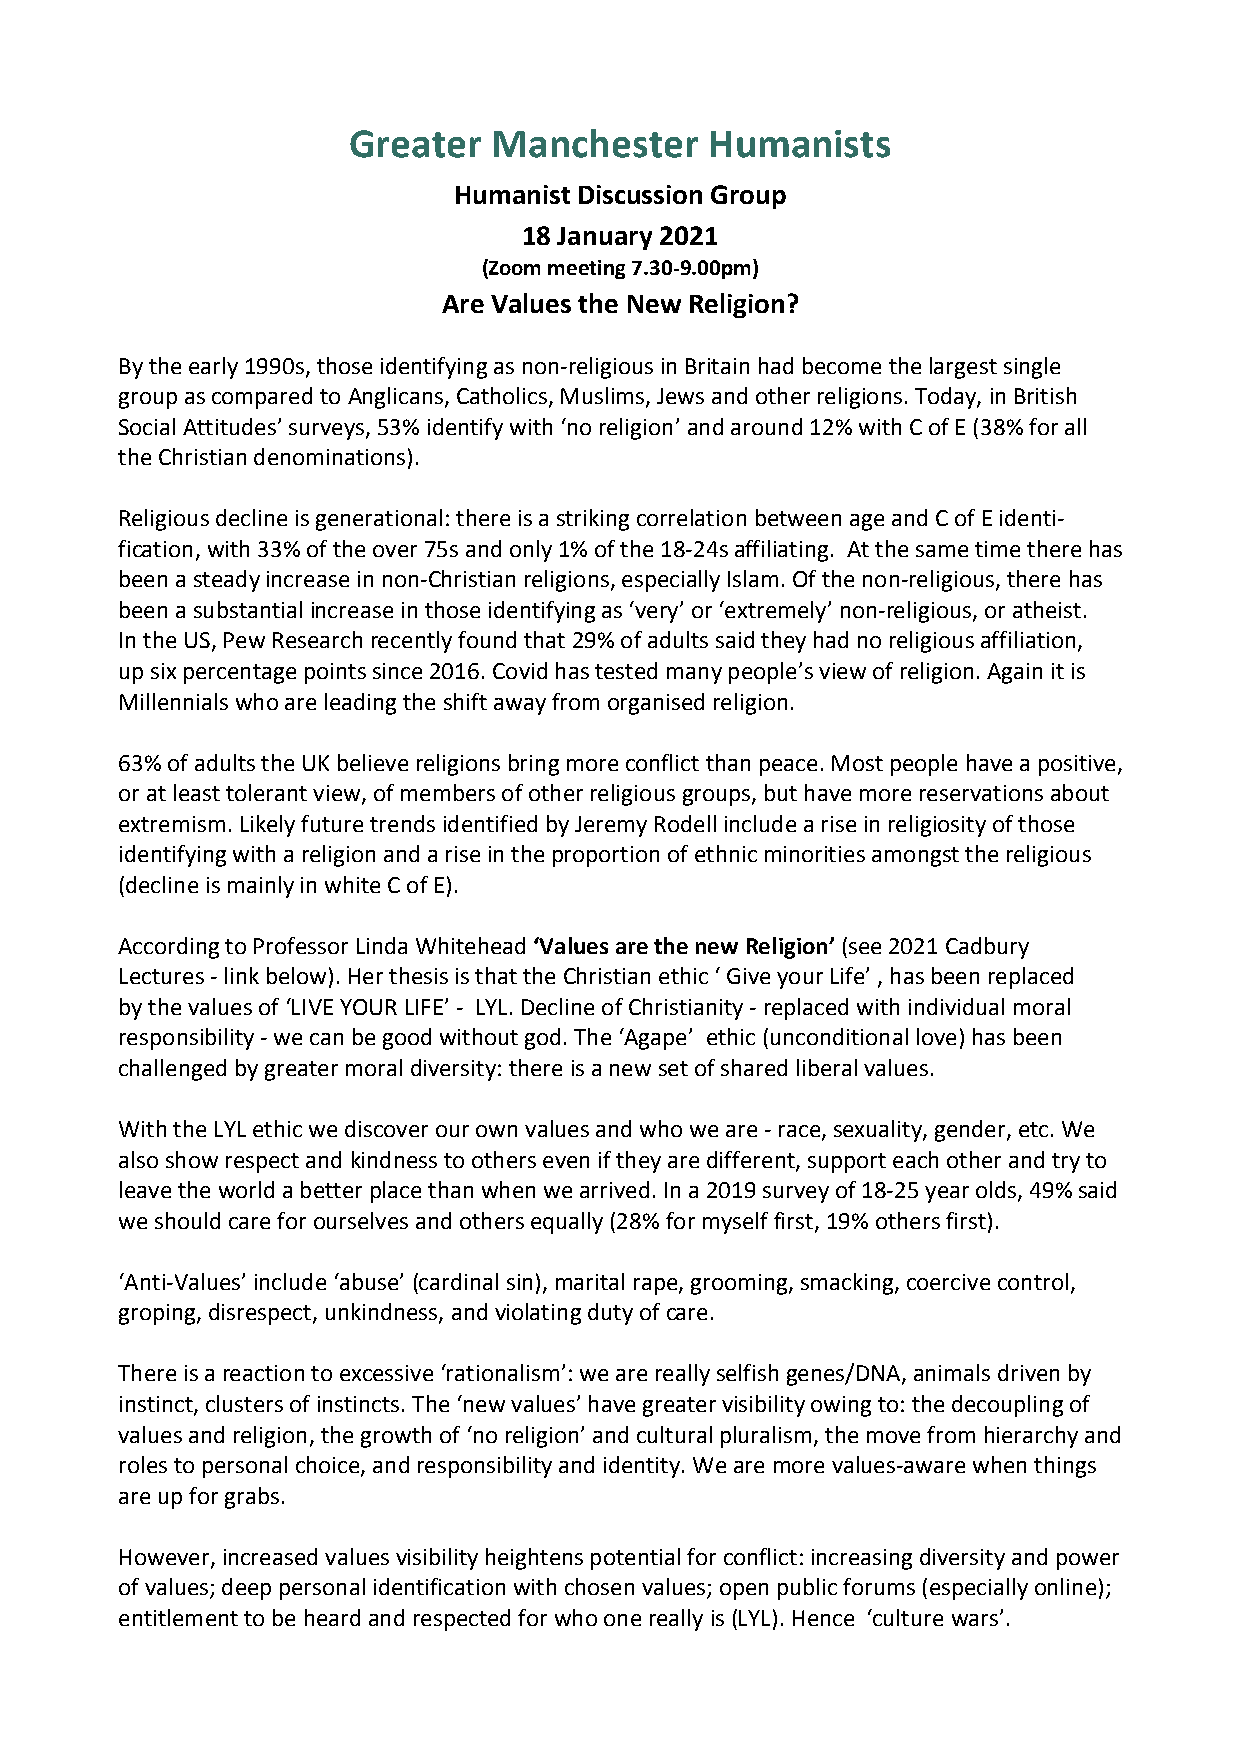
Greater   Manchester    Humanists
 Humanist Discussion Group
 18 January 2021
 (Zoom meeting 7.30-9.00pm)
 Are Values the New Religion?
 By the early 1990s, those identifying as non-religious in Britain had become the largest single
 group as compared to Anglicans, Catholics, Muslims, Jews and other religions. Today, in British
 Social Attitudes’ surveys, 53% identify with ‘no religion’ and around 12% with C of E (38% for all
 the Christian denominations).
 Religious decline is generational: there is a striking correlation between age and C of E identi-
 fication, with 33% of the over 75s and only 1% of the 18-24s affiliating. At the same time there has
 been a steady increase in non-Christian religions, especially Islam. Of the non-religious, there has
 been a substantial increase in those identifying as ‘very’ or ‘extremely’ non-religious, or atheist.
 In the US, Pew Research recently found that 29% of adults said they had no religious affiliation,
 up six percentage points since 2016. Covid has tested many people’s view of religion. Again it is
 Millennials who are leading the shift away from organised religion.
 63% of adults the UK believe religions bring more conflict than peace. Most people have a positive,
 or at least tolerant view, of members of other religious groups, but have more reservations about
 extremism. Likely future trends identified by Jeremy Rodell include a rise in religiosity of those
 identifying with a religion and a rise in the proportion of ethnic minorities amongst the religious
 (decline is mainly in white C of E).
 According to Professor Linda Whitehead ‘Values are the new Religion’ (see 2021 Cadbury
 Lectures - link below). Her thesis is that the Christian ethic ‘ Give your Life’ , has been replaced
 by the values of ‘LIVE YOUR LIFE’ - LYL. Decline of Christianity - replaced with individual moral
 responsibility - we can be good without god. The ‘Agape’ ethic (unconditional love) has been
 challenged by greater moral diversity: there is a new set of shared liberal values.
 With the LYL ethic we discover our own values and who we are - race, sexuality, gender, etc. We
 also show respect and kindness to others even if they are different, support each other and try to
 leave the world a better place than when we arrived. In a 2019 survey of 18-25 year olds, 49% said
 we should care for ourselves and others equally (28% for myself first, 19% others first).
 ‘Anti-Values’ include ‘abuse’ (cardinal sin), marital rape, grooming, smacking, coercive control,
 groping, disrespect, unkindness, and violating duty of care.
 There is a reaction to excessive ‘rationalism’: we are really selfish genes/DNA, animals driven by
 instinct, clusters of instincts. The ‘new values’ have greater visibility owing to: the decoupling of
 values and religion, the growth of ‘no religion’ and cultural pluralism, the move from hierarchy and
 roles to personal choice, and responsibility and identity. We are more values-aware when things
 are up for grabs.
 However, increased values visibility heightens potential for conflict: increasing diversity and power
 of values; deep personal identification with chosen values; open public forums (especially online);
 entitlement to be heard and respected for who one really is (LYL). Hence ‘culture wars’.